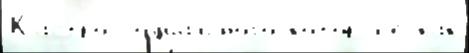
Кастро социа́льного кото́рыjе как